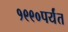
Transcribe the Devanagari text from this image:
१९९०पर्यंत